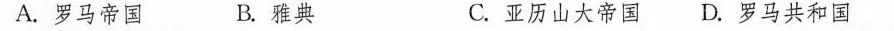
A.罗马帝国 B.雅典 C.亚历山大帝国 D.罗马共和国